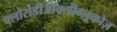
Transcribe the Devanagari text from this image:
फ्लोरोडीऑक्सीग्लूकोज़